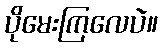
ပိုမေးကြလေပဲ။